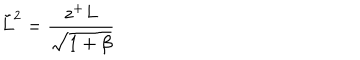
\tilde { L } ^ { 2 } = \frac { z ^ { + } L } { \sqrt { 1 + \beta } }